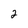
Character: 2